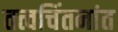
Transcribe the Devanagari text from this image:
तत्त्वचिंतनांत